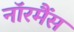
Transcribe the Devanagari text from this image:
नॉरमैंस